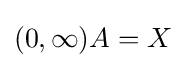
{\textstyle (0,\infty )A=X}